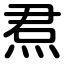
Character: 焄